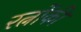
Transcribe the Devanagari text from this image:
रत्नोंकी